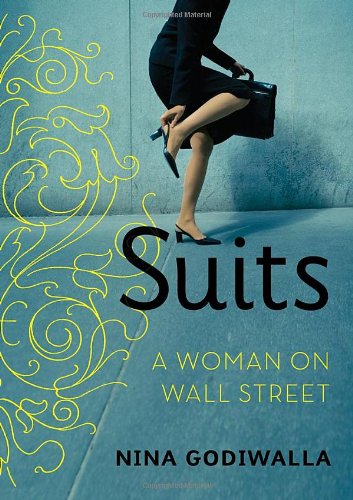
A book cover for Suits: A Woman on Wall Street; Nina Godiwalla; Biographies & Memoirs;